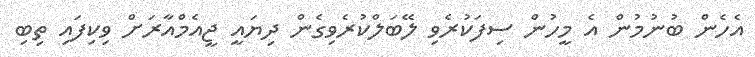
އެހެން ބުނުމުން އެ މީހުން ސިފަކުރެވި ލޭބަލްކުރެވިގެން ދިޔައީ ޖީއެމްއާރަށް ވިކިފައި ތިބި